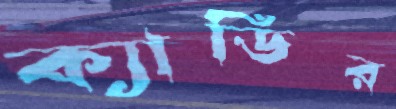
ক্যাডির